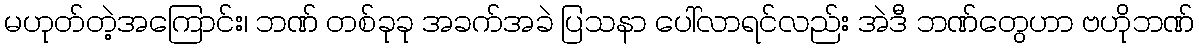
မဟုတ်တဲ့အကြောင်း၊ ဘဏ် တစ်ခုခု အခက်အခဲ ပြသနာ ပေါ်လာရင်လည်း အဲဒီ ဘဏ်တွေဟာ ဗဟိုဘဏ်